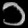
Digit: ၁